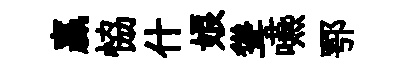
贏恊什娘聳嚥鄂